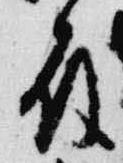
殿